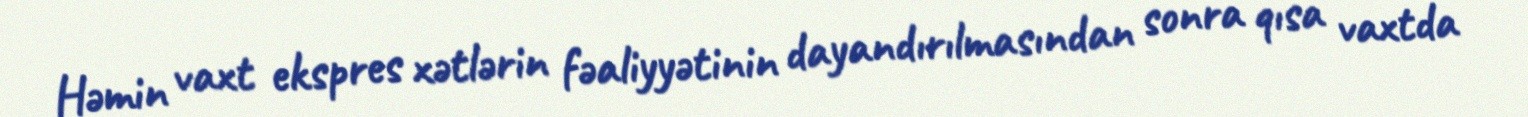
Həmin vaxt ekspres xətlərin fəaliyyətinin dayandırılmasından sonra qısa vaxtda